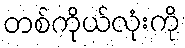
တစ်ကိုယ်လုံးကို